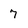
Character: 7